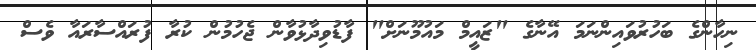
ނިހާންގެ ބަހުރުވައިންނަމަ އޭނާގެ "ޒައީމް މައުމޫނަށް" ފާޑުވިދާޅުވާން ޖެހުމުން ކުރާ ފުރައްސާރައާ ވެސް